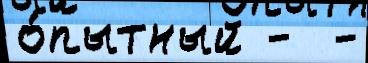
о́пытный -  -